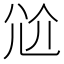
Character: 𡯗